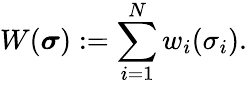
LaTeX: W(\boldsymbol{\sigma}):=\sum_{i=1}^{N}w_{i}(\sigma_{i}).